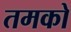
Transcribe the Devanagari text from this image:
तमको